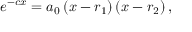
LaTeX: e ^ { - c x } = a _ { 0 } \left( x - r _ { 1 } \right) \left( x - r _ { 2 } \right) ,